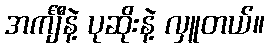
အင်္ကျီနဲ့ ပုဆိုးနဲ့ လှူတယ်။